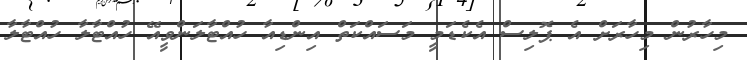
މިހާރުން މިހާރަށް އެ ޕޮލިސް އެކެޑަމީ މަސައްކަތް އިންޑިއާ ހުއްޓާލަންވީއޭ ހުއްޓާލާ ހުއްޓާލާ